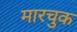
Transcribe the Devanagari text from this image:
मारचुक